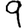
Digit: 9